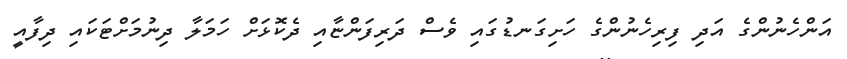
އަންހެނުންގެ އަދި ފިރިހެނުންގެ ހަށިގަނޑުގައި ވެސް ދަރިފަންޏާއި ދެކޮޅަށް ހަމަލާ ދިނުމަށްޓަކައި ދިފާއީ